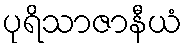
ပုရိသာဇာနီယံ